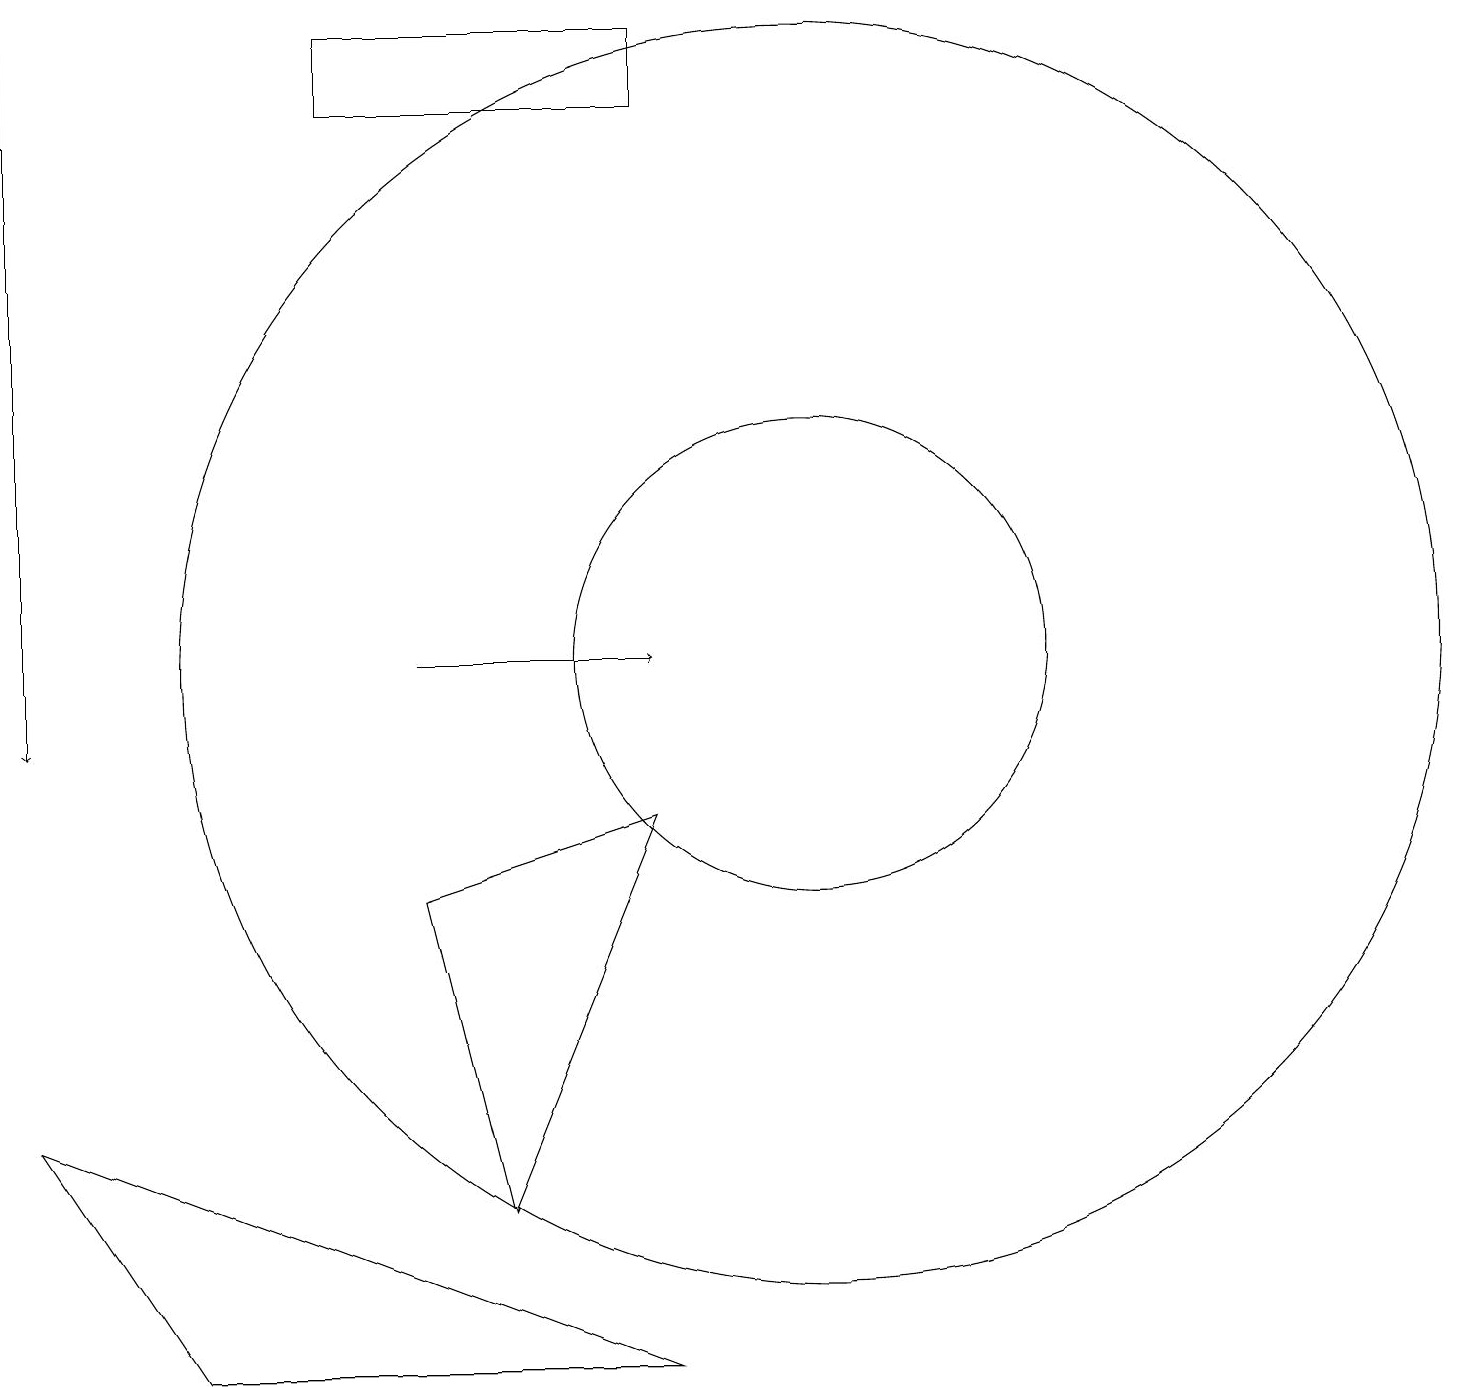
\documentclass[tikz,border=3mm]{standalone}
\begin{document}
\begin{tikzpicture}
\draw (11,11) circle (3);
\draw (7,4) -- (9,9) -- (6,8) -- cycle;
\draw[->] (1,19) -- (1,10);
\draw[->] (6,11) -- (9,11);
\draw (11,11) circle (8);
\draw (3,2) -- (9,2) -- (1,5) -- cycle;
\draw (5,19) rectangle (9,18);
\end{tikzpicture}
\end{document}